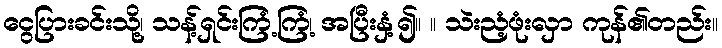
ငွေပြားခင်းသို့၊ သန့်ရှင်းကြံ့ကြံ့၊ အပြီးနှံ့၍။ ။ သဲးညံ့ဖုံးလှာ ကုန်၏တည်း။